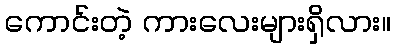
ကောင်းတဲ့ ကားလေးများရှိလား။